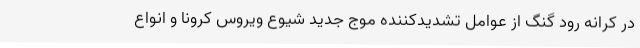
در کرانه رود گنگ از عوامل تشدیدکننده موج جدید شیوع ویروس کرونا و انواع